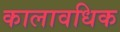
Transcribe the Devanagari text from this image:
कालावधिक